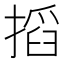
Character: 搯